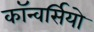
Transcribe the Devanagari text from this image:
कॉन्वर्सियो